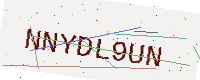
Text: NNYDL9UN